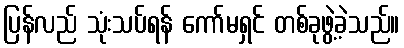
ပြန်လည် သုံးသပ်ရန် ကော်မရှင် တစ်ခုဖွဲ့ခဲ့သည်။